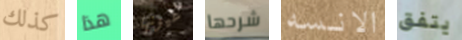
كذلك هذا عيونها شرحها الانسه يتفق